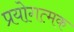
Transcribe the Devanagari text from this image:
प्रयोगत्मक